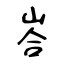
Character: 峇